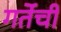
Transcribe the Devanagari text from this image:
गर्तेची